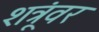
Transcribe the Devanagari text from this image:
शत्रूंवर